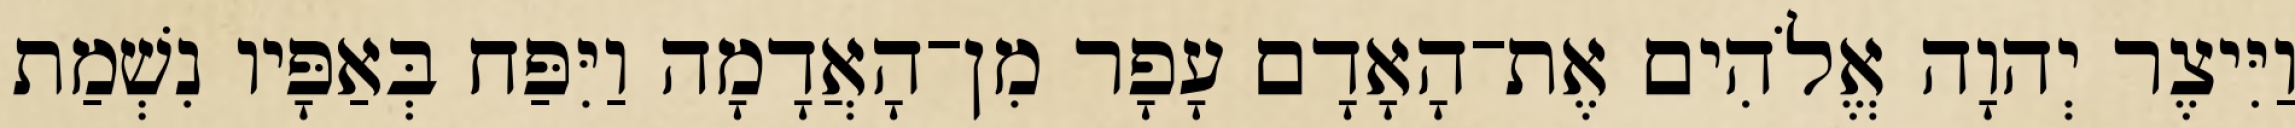
וַיִּיצֶר יְהוָה אֱלֹהִים אֶת־הָאָדָם עָפָר מִן־הָאֲדָמָה וַיִּפַּח בְּאַפָּיו נִשְׁמַת